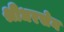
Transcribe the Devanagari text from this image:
श्रीधरसेन